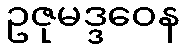
ဥဇုမဒ္ဒဝေန